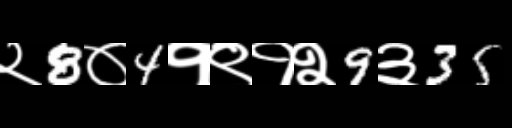
Text: २8०4१९१२9३35